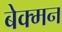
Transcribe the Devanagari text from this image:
बेक्मन